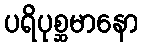
ပရိပုစ္ဆမာနော